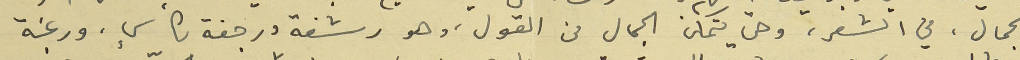
الجمال، في الشعر، وحتى يتمكن الجمال من القول، وهو رشفة ورجفة لكأسٍ، ورغبة